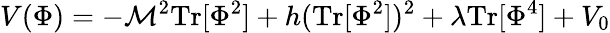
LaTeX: V(\Phi)=-\mathcal{M}^{2}\mathrm{{Tr}}[\Phi^{2}]+h(\mathrm{{Tr}}[\Phi^{2}])^{2}+\lambda\mathrm{{Tr}}[\Phi^{4}]+V_{0}